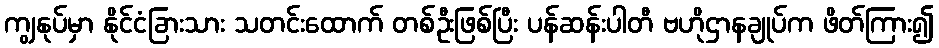
ကျွနုပ်မှာ နိုင်ငံခြားသား သတင်းထောက် တစ်ဦးဖြစ်ပြီး ပန်ဆန်းပါတီ ဗဟိုဌာနချုပ်က ဖိတ်ကြား၍